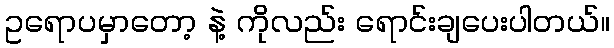
ဥရောပမှာတော့ နဲ့ ကိုလည်း ရောင်းချပေးပါတယ်။